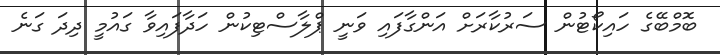
ބޮމްބޭގެ ހައިކޯޓުން ސަރުކާރަށް އަންގާފައި ވަނީ ޕްލާސްޓިކުން ހަދާފައިވާ ގައުމީ ދިދަ ގަނެ